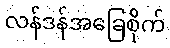
လန်ဒန်အခြေစိုက်